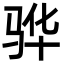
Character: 骅